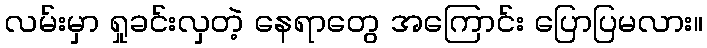
လမ်းမှာ ရှုခင်းလှတဲ့ နေရာတွေ အကြောင်း ပြောပြမလား။